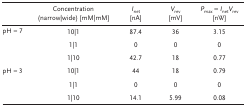
|  | Concentration(narrow|wide) [mM|mM] | Inet[nA] | Vrev[mV] | Pmax = InetVrev[nW] |
 | --- | --- | --- | --- | --- |
 | pH ≈ 7 | 10|1 | 87.4 | 36 | 3.15 |
 |  | 1|1 | 0 | 0 | 0 |
 |  | 1|10 | 42.7 | 18 | 0.77 |
 | pH ≈ 3 | 10|1 | 44 | 18 | 0.79 |
 |  | 1|1 | 0 | 0 | 0 |
 |  | 1|10 | 14.1 | 5.99 | 0.08 |